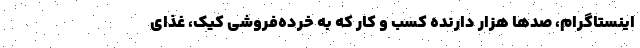
اینستاگرام، صدها هزار دارنده کسب و کار که به خرده‌فروشی کیک، غذای